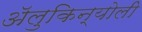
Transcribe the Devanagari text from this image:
ॲलुकिन्योली